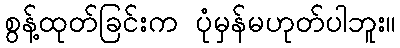
စွန့်ထုတ်ခြင်းက ပုံမှန်မဟုတ်ပါဘူး။